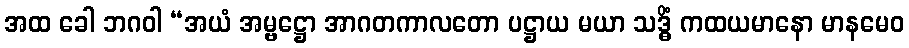
အထ ခေါ ဘဂဝါ “အယံ အမ္ဗဋ္ဌော အာဂတကာလတော ပဋ္ဌာယ မယာ သဒ္ဓိံ ကထယမာနော မာနမေဝ